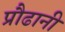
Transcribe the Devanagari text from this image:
प्रौढानी